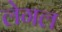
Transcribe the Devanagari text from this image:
लेगल